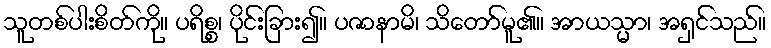
သူတစ်ပါးစိတ်ကို။ ပရိစ္စ၊ ပိုင်းခြား၍။ ပဇာနာမိ၊ သိတော်မူ၏။ အာယသ္မာ၊ အရှင်သည်။